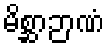
မိစ္ဆာဉာဏံ